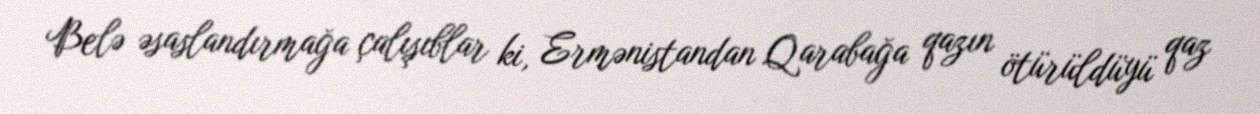
Belə əsaslandırmağa çalışıblar ki, Ermənistandan Qarabağa qazın ötürüldüyü qaz